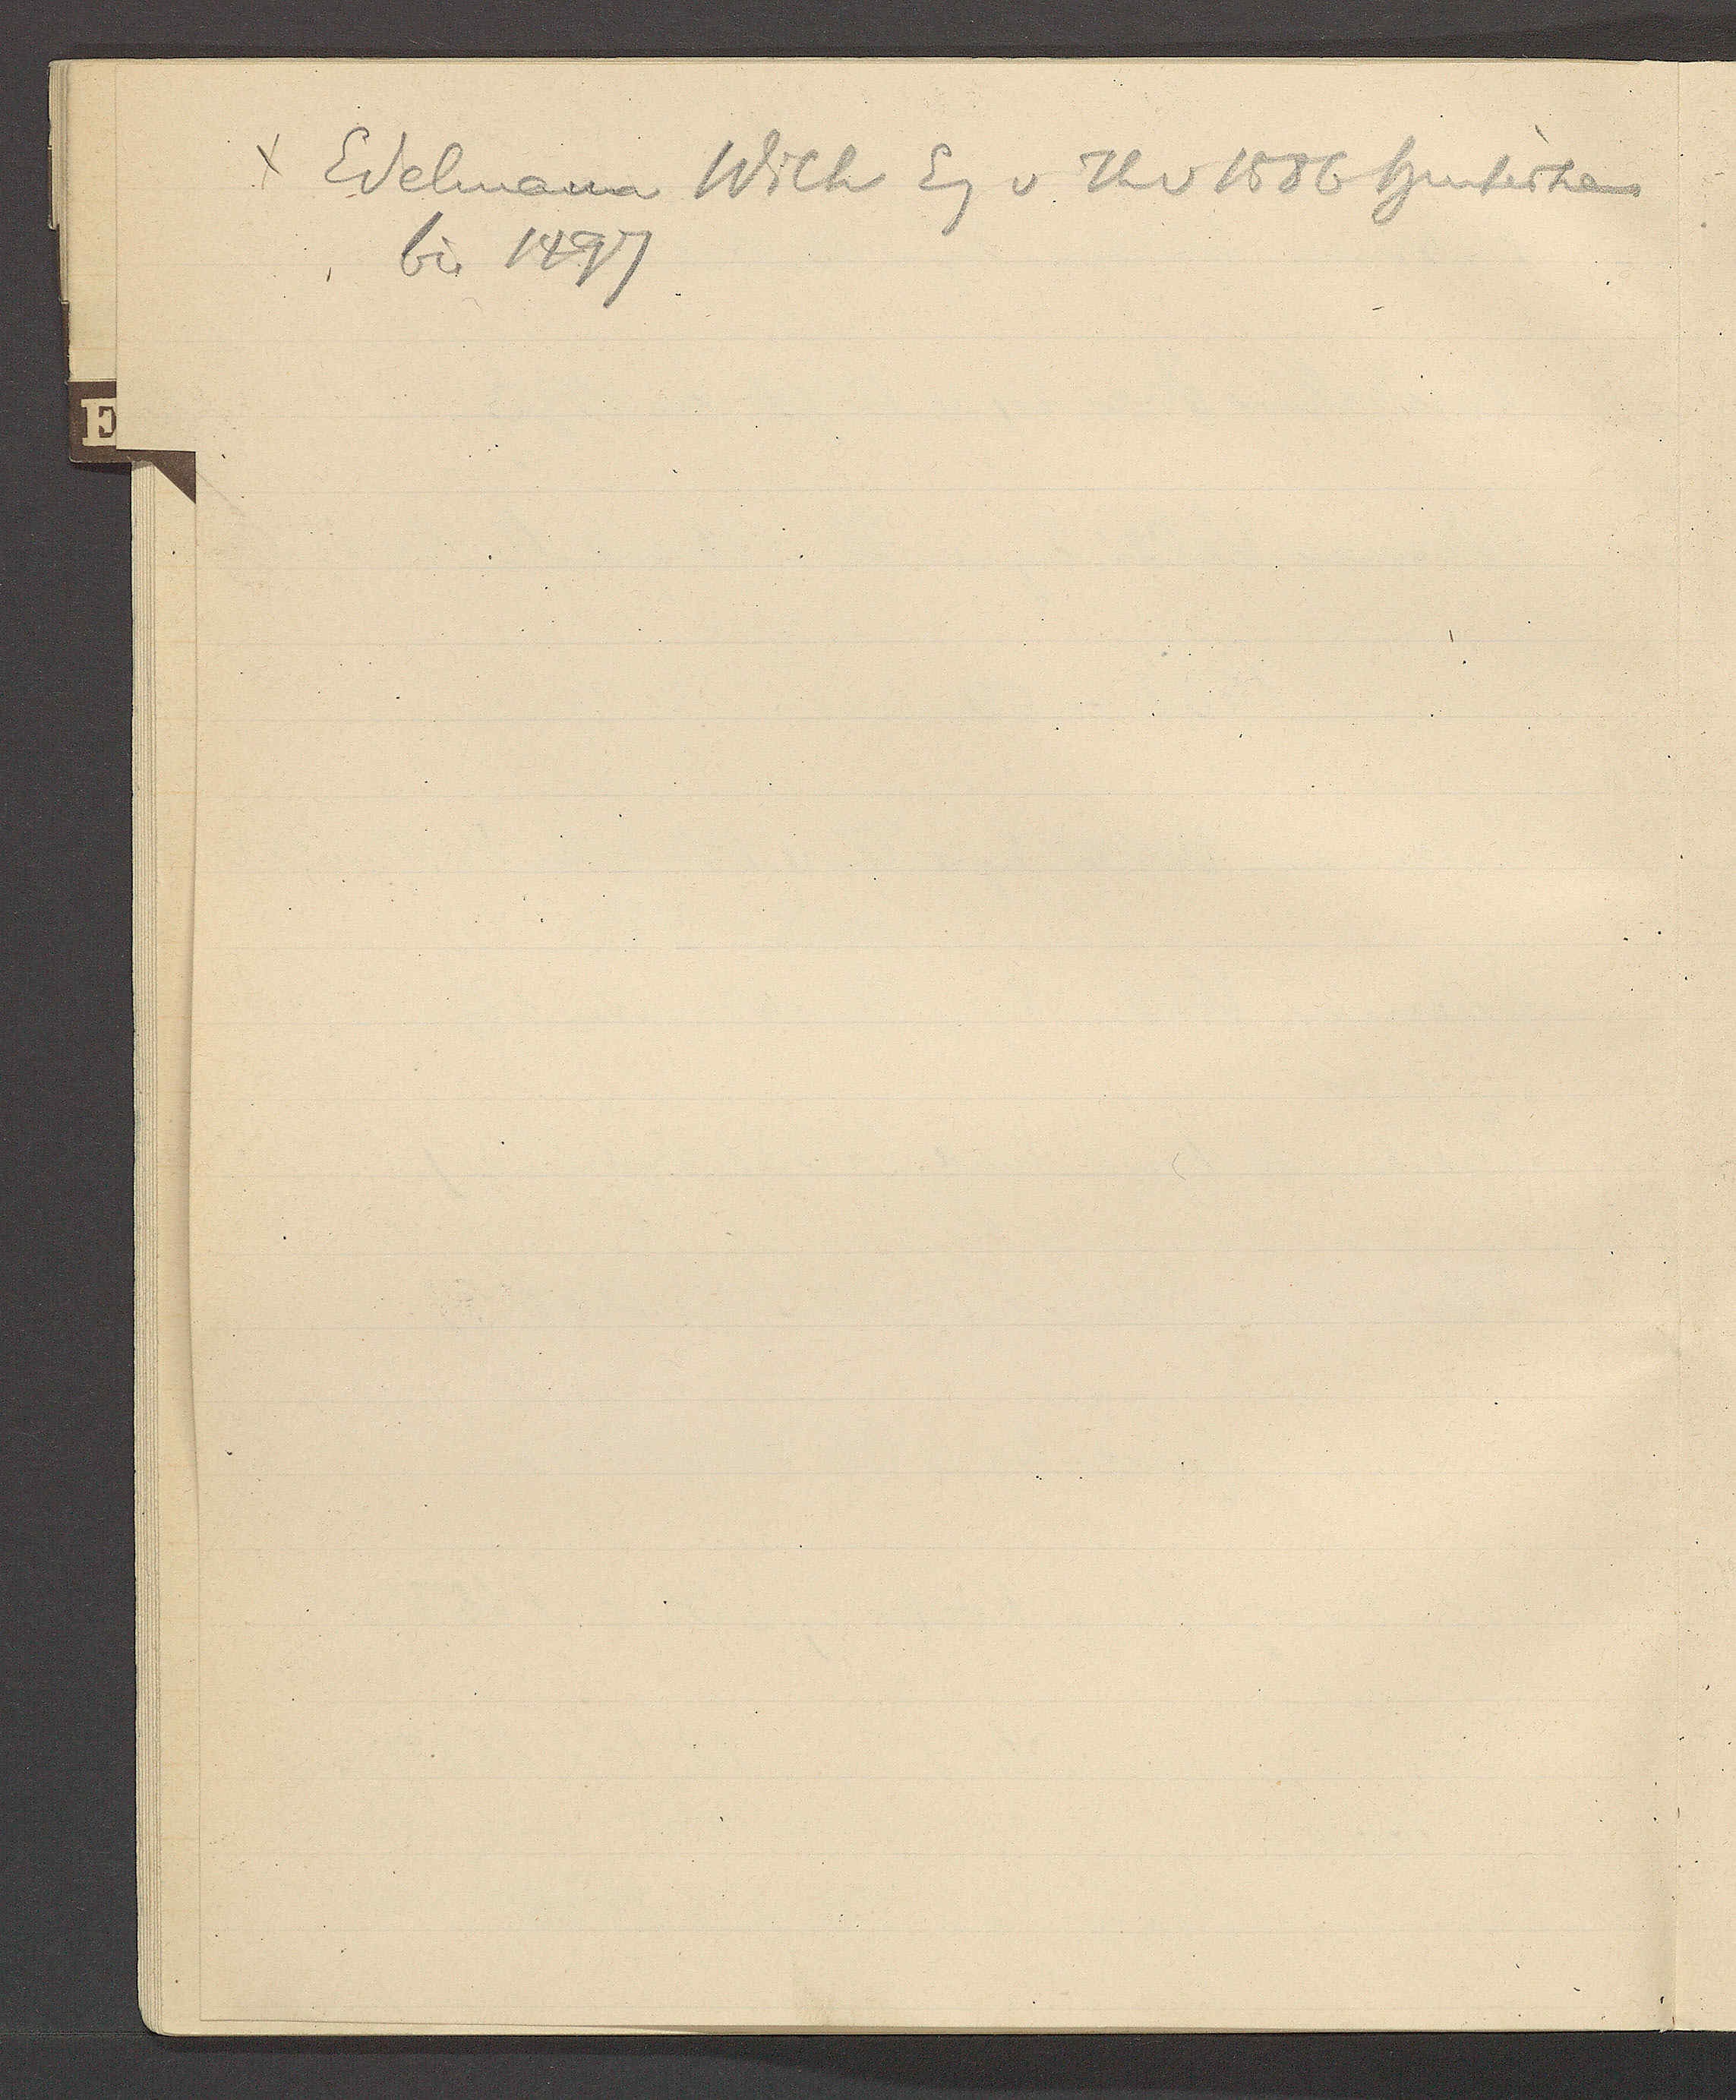
Transcript:
χ Edelmann Wilh Eg v Th v 1586 Hinterhaus
bis 1497